Scientific memoirs by medical officers of the Army of India - Part XI,
Year: 1898
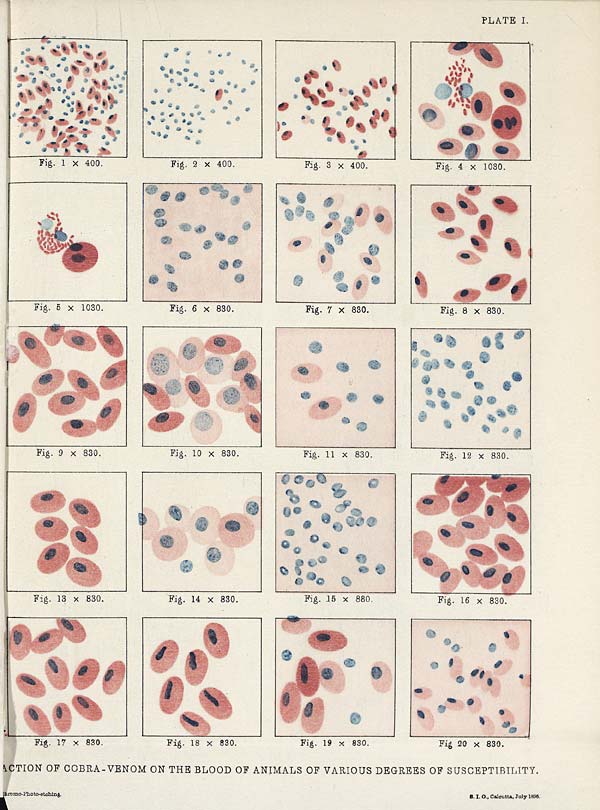
PLATE I.
ACTION OF COBRA-VENOM ON THE BLOOD OF ANIMALS OF VARIOUS DEGREES OF SUSCEPTIBILITY.
<illegible>hromo-Photo-etching. S. I. O., Calcutta, July 1896.